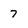
Character: 7